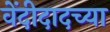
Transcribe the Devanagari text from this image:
वेंदीदादच्या